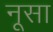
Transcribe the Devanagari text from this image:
नूसा